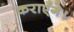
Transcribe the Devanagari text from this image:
कराएँगे।